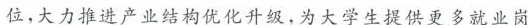
位，大力推进产业结构优化升级，为大学生提供更多就业岗